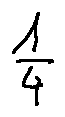
\frac { 1 } { 4 }